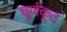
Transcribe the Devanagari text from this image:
चूर्णकूट